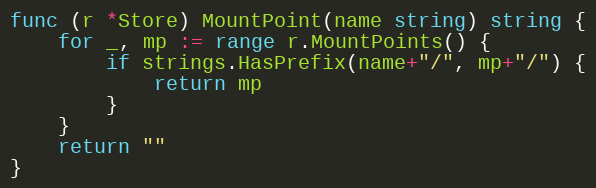
Language: Go
func (r *Store) MountPoint(name string) string {
	for _, mp := range r.MountPoints() {
		if strings.HasPrefix(name+"/", mp+"/") {
			return mp
		}
	}
	return ""
}